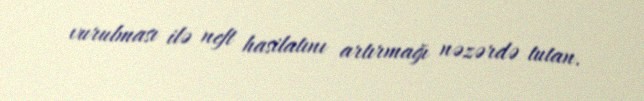
vurulması ilə neft hasilatını artırmağı nəzərdə tutan.